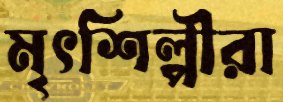
মৃৎশিল্পীরা